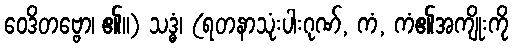
ဝေဒိတဗ္ဗော၊ ၏။) သဒ္ဓံ၊ (ရတနာသုံးပါးဂုဏ်, ကံ, ကံ၏အကျိုးကို